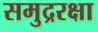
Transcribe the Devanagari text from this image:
समुद्ररक्षा